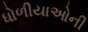
ધોળીયાઓની